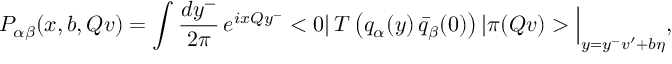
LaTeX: { \cal P } _ { \alpha \beta } ( x , b , Q v ) = \int { \frac { d y ^ { - } } { 2 \pi } } \, e ^ { i x Q y ^ { - } } < 0 | \, T \left( q _ { \alpha } ( y ) \, \bar { q } _ { \beta } ( 0 ) \right) | \pi ( Q v ) > \Big | _ { y = y ^ { - } v ^ { \prime } + b \eta } ,